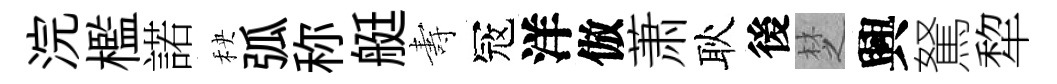
浣檻諾秧弧称艇夀冦洋倣萧耿後椘興駑犂